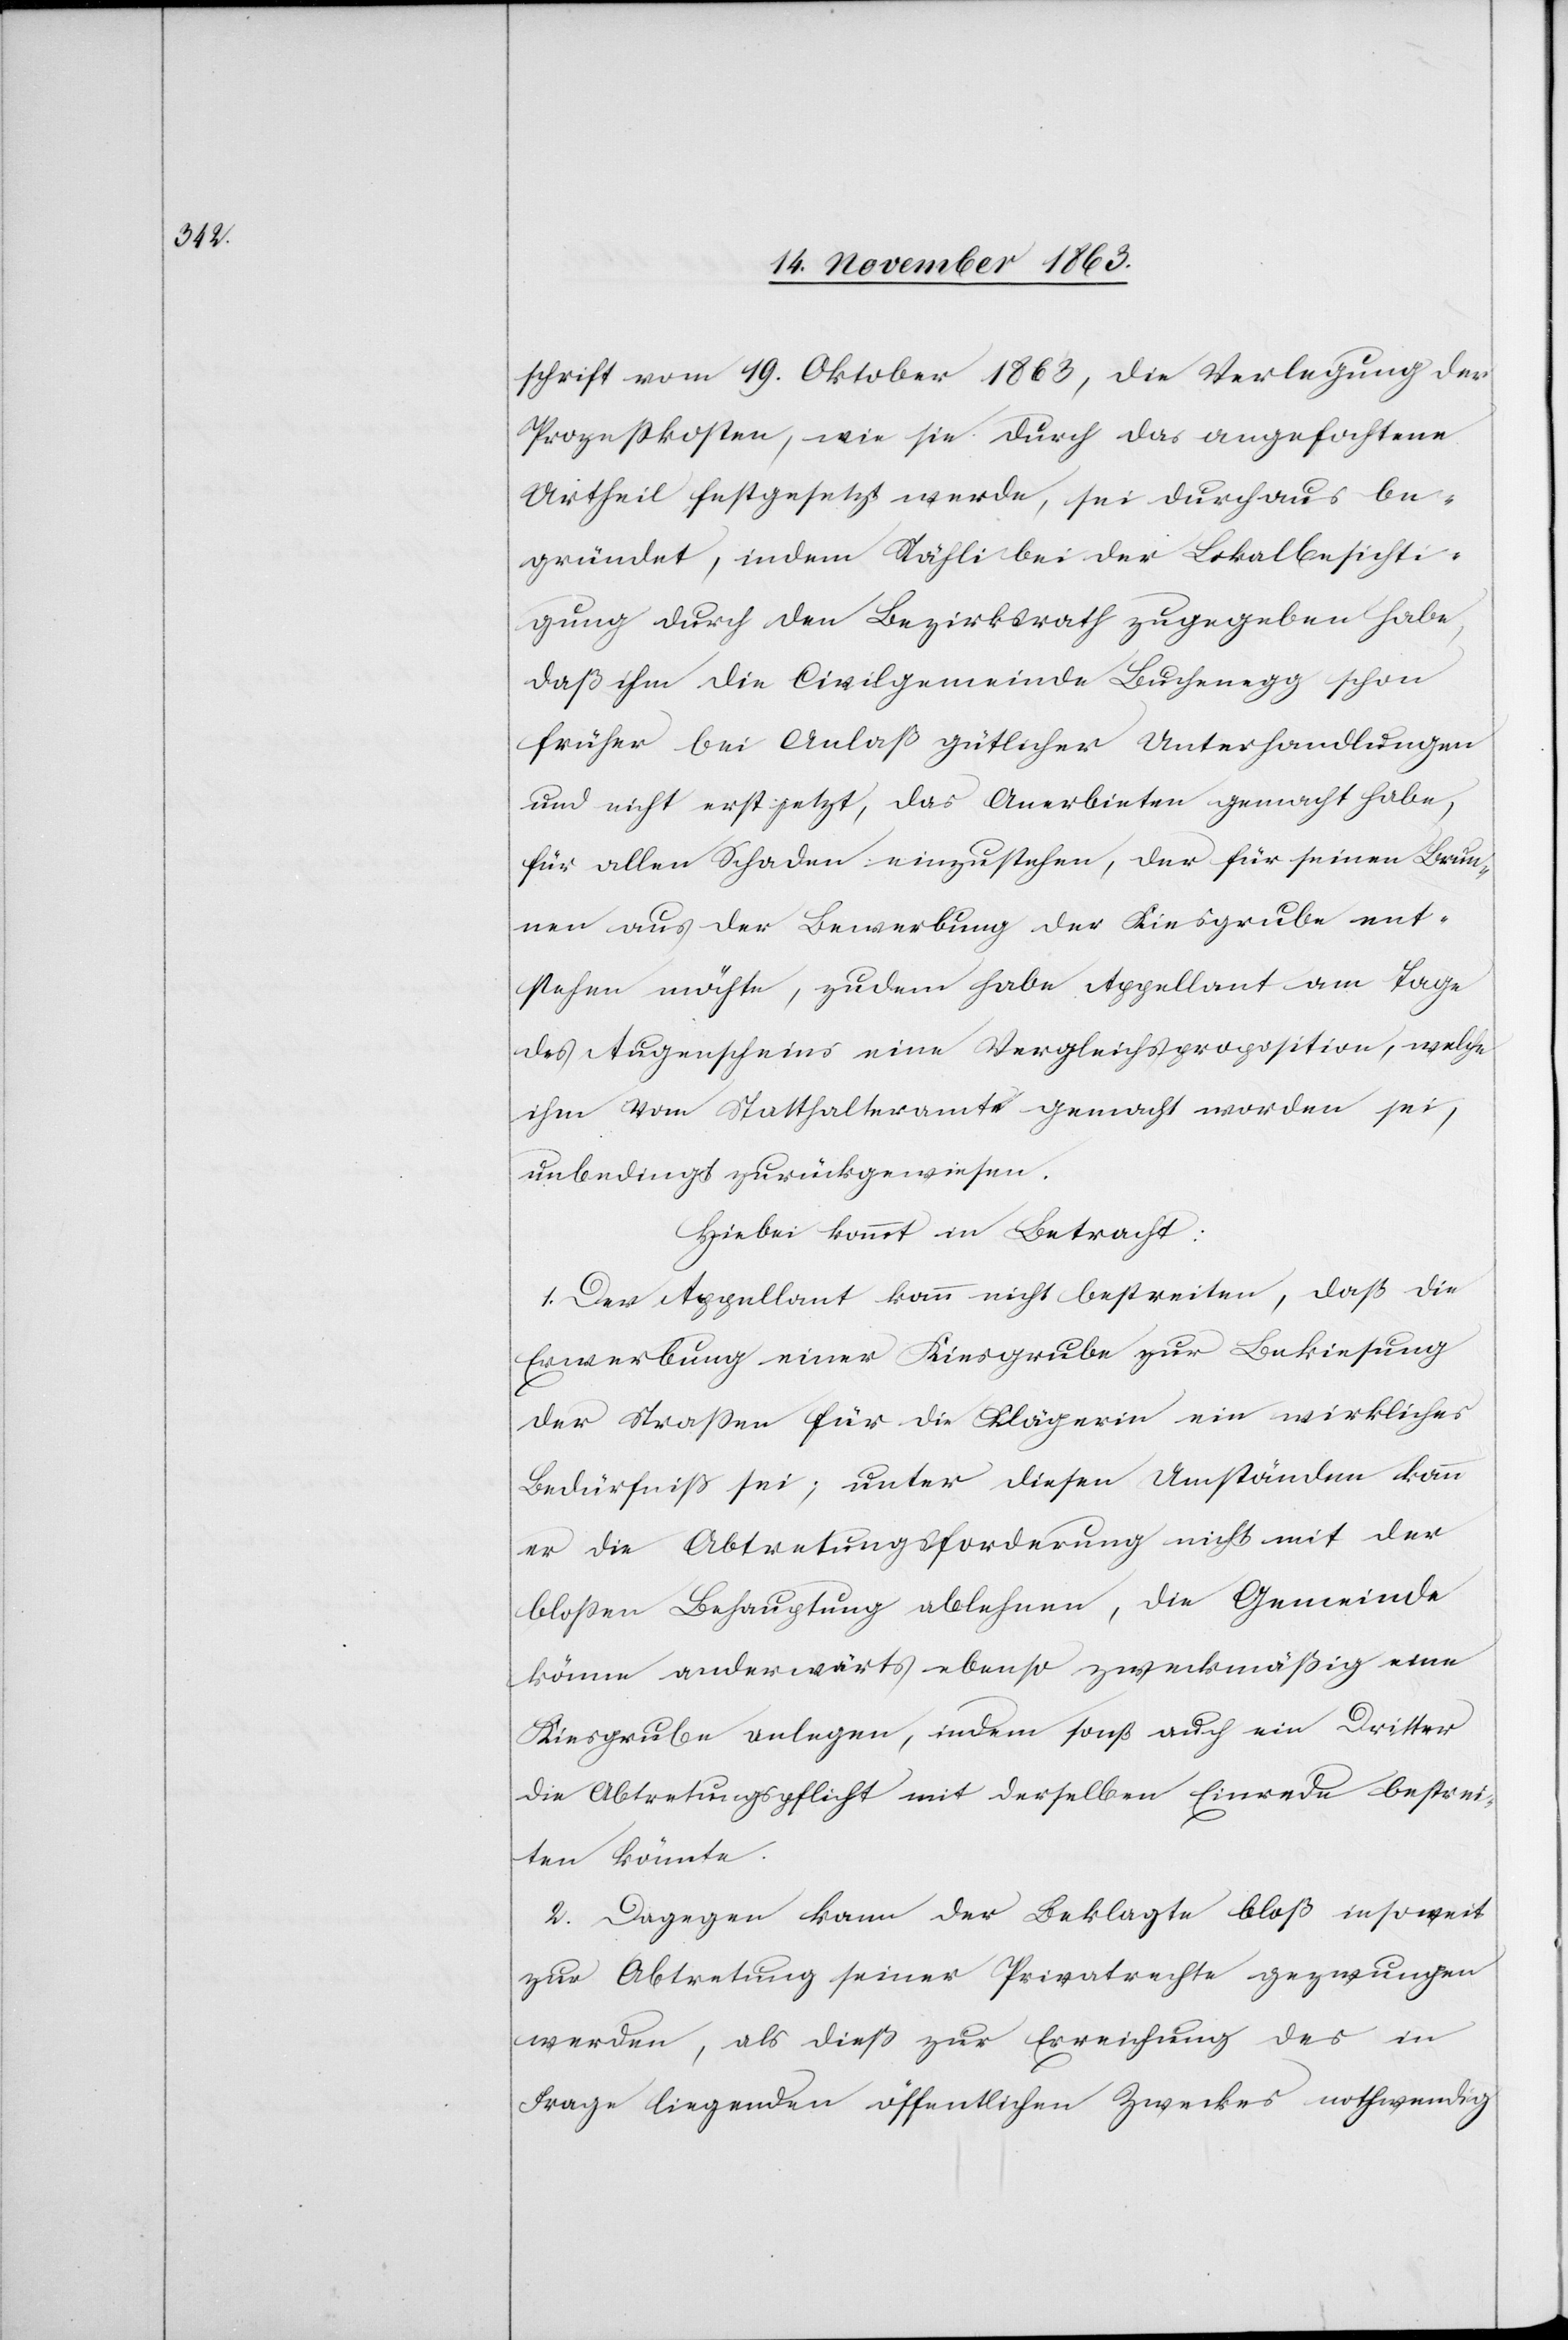
schrift vom 19. Oktober 1863, die Verlegung der
Prozesskosten, wie sie durch das angefochtene
Urtheil festgesetzt werde, sei durchaus be¬
gründet, indem Stähli bei der Lokalbesichti¬
gung durch den Bezirksrath zugegeben habe,
daß ihm die Civilgemeinde Buchenegg schon
früher bei Anlaß gütlicher Unterhandlungen
und nicht erst jetzt, das Anerbieten gemacht habe,
für allen Schaden einzustehen, der für seinen Brun¬
nen aus der Bewerbung der Kiesgrube ent¬
stehen möchte, zudem habe Appellant am Tage
des Augenscheins eine Vergleichsproposition, welche
ihm vom Statthalteramte gemacht worden sei,
unbedingt zurückgewiesen.
Hiebei kommt in Betracht:
1. Der Appellant kann nicht bestreiten, daß die
Erwerbung einer Kiesgrube zur Bekiesung
der Strassen für die Klägerin ein wirkliches
Bedürfniß sei; unter diesen Umständen kann
er die Abtretungsforderung nicht mit der
blossen Behauptung ablehnen, die Gemeinde
könne anderwärts ebenso zweckmäßig eine
Kiesgrube anlegen, indem sonst auch ein Dritter
die Abtretungspflicht mit derselben Einrede bestrei¬
ten könnte.
2. Dagegen kann der Beklagte bloß insoweit
zur Abtretung seiner Privatrechte gezwungen
werden, als dieß zur Erreichung des in
Frage liegenden öffentlichen Zweckes nothwendig